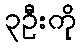
၃ဦးကို